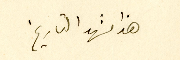
هذا مشهد التاريخ